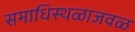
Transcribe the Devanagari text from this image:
समाधिस्थळाजवळ